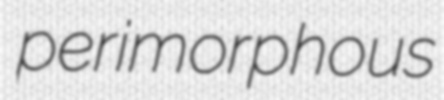
perimorphous